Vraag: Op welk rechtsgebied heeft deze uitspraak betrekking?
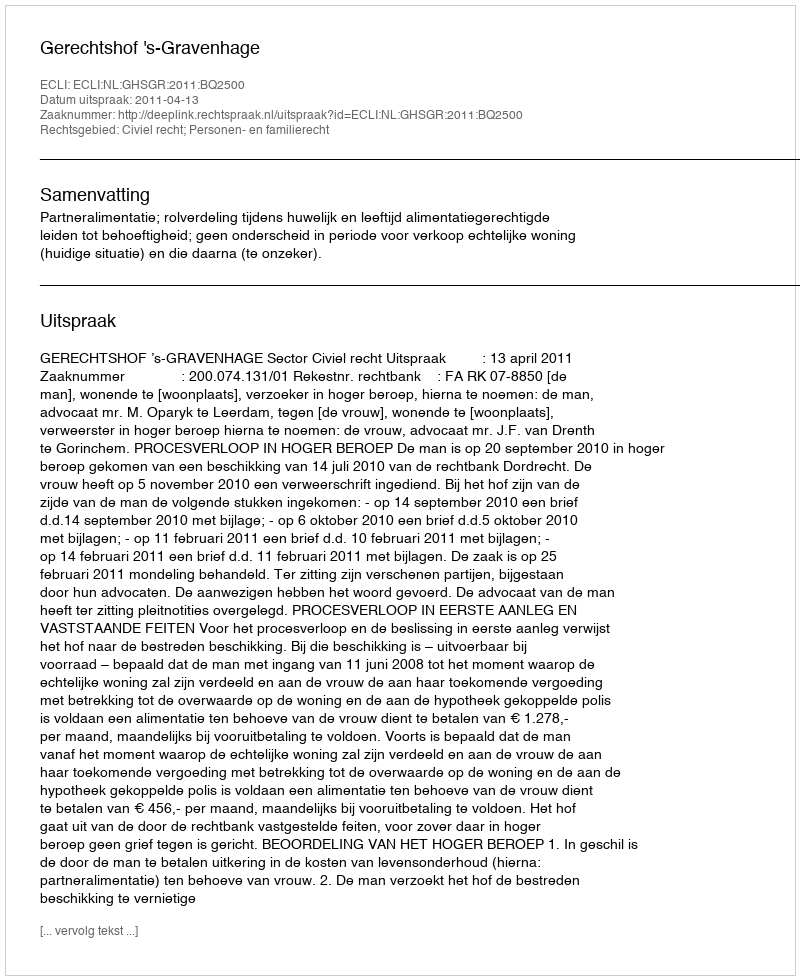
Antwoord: Civiel recht; Personen- en familierecht